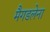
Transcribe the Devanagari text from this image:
मैगडलेना